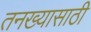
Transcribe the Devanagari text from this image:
तनख्यासाठी